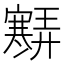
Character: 𡫶